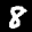
Label: 8